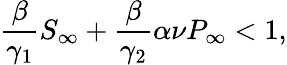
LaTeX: \frac{\beta}{\gamma_{1}}S_{\infty}+\frac{\beta}{\gamma_{2}}\alpha\nu P_{\infty}<1,